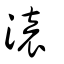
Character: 溒